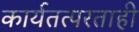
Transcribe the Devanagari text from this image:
कार्यतत्परताही